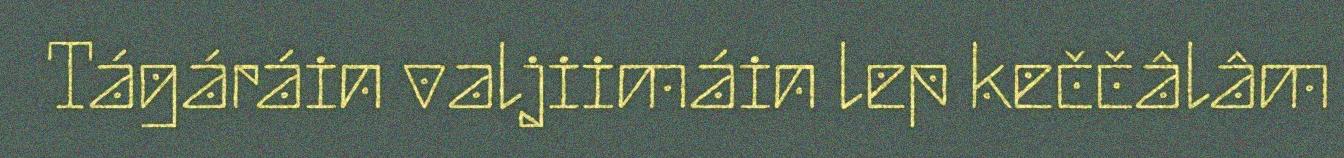
Tágáráin valjiimáin lep keččâlâm